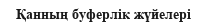
Қанның буферлік жүйелері